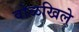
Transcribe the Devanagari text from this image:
वोळखिले